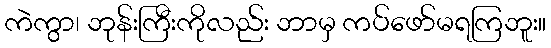
ကဲကွာ၊ ဘုန်းကြီးကိုလည်း ဘာမှ ကပ်ဖော်မရကြဘူး။